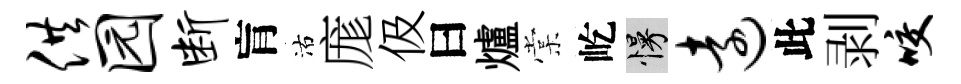
供园断肓沽庬伋曰爐棠屹慢远此剥咬